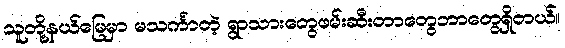
သူတို့နယ်မြေမှာ မသင်္ကာတဲ့ ရွာသားတွေဖမ်းဆီးတာတွေဘာတွေရှိတယ်။